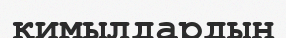
қимылдардын